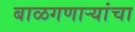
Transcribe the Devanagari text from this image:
बाळगणाऱ्यांचा